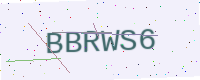
Text: BBRWS6